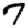
Digit: 7